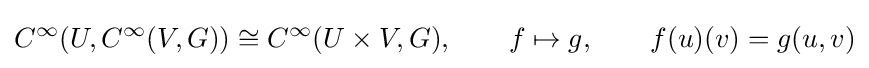
C^{\infty }(U,C^{\infty }(V,G))\cong C^{\infty }(U\times V,G),\qquad f\mapsto g,\qquad f(u)(v)=g(u,v)